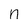
Character: n